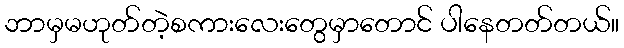
ဘာမှမဟုတ်တဲ့စကားလေးတွေမှာတောင် ပါနေတတ်တယ်။